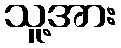
သူ့အား